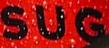
SUG